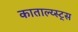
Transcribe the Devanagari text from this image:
काताल्य्स्ट्स